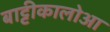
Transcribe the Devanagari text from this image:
बाट्टीकालोआ